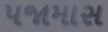
પજામાસ